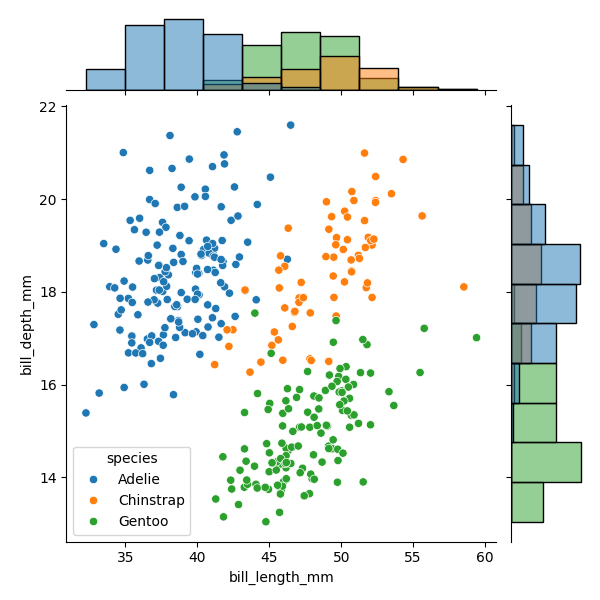
python, seaborn, JointGrid, scatterplot, histplot, hue